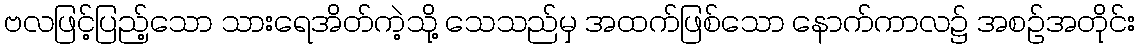
ဗလဖြင့်ပြည့်သော သားရေအိတ်ကဲ့သို့ သေသည်မှ အထက်ဖြစ်သော နောက်ကာလ၌ အစဉ်အတိုင်း